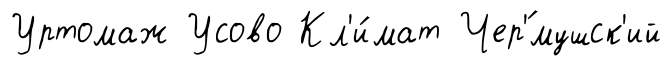
Уртомаж Усово Кл'и́мат Чер'́мушск'ий